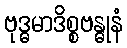
ဗုဒ္ဓမာဒိစ္စဗန္ဓုနံ